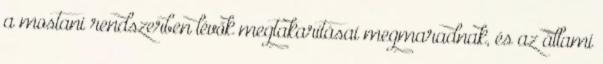
a mostani rendszerben lévők megtakarításai megmaradnak, és az állami